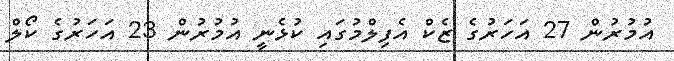
އުމުރުން 27 އަހަރުގެ ޒެކް އެފިލްމުގައި ކުޅެނީ އުމުރުން 23 އަހަރުގެ ކޯލް